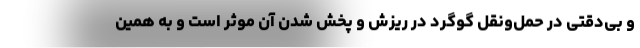
و بی‌دقتی در حمل‌ونقل گوگرد در ریزش و پخش شدن آن موثر است و به همین